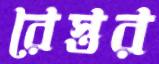
রেস্তর